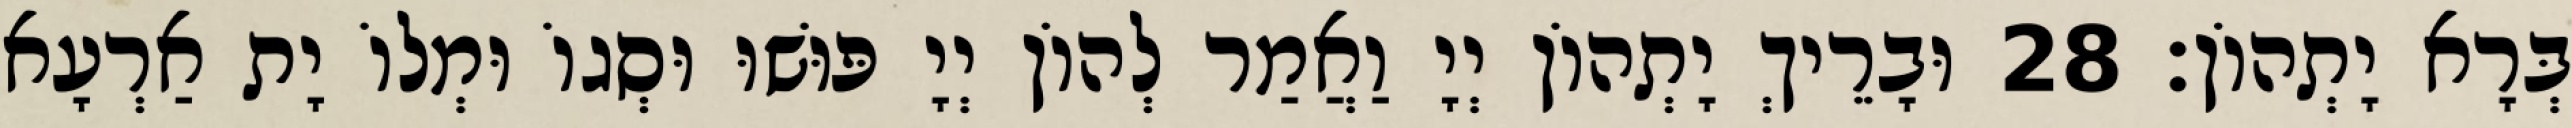
בְּרָא יָתְהוֹן׃ 28 וּבָרֵיךְ יָתְהוֹן יְיָ וַאֲמַר לְהוֹן יְיָ פּוּשׁוּ וּסְגוֹ וּמְלוֹ יָת אַרְעָא